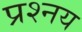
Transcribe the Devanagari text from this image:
प्रश्नय